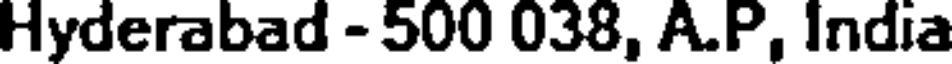
Hyderabad - 500 038, A.P, India